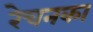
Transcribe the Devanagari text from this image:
रेचनका